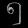
Digit: ၅